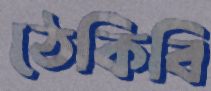
ঠেকিবি